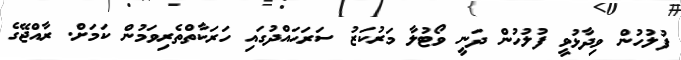
ފުލުހުން ވިދާޅުވީ ފުލުހުން ދަނީ ވޯޓުލާ މަރުކަޒު ސަރަޙައްދުގައި ހަރަކާތްތެރިވަމުން ކަމަށް. ރާއްޖޭގެ